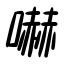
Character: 嚇